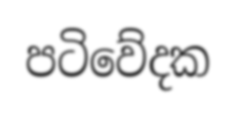
පටිවේදක